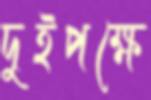
দুইপক্ষে